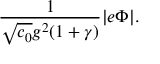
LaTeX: { \frac { 1 } { \sqrt { c _ { 0 } } g ^ { 2 } ( 1 + \gamma ) } } | e \Phi | .